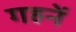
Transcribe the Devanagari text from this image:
गहनें